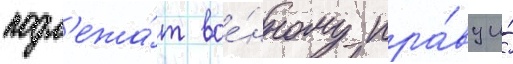
подл'ежа́т вое́нному пра́ву и́